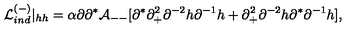
{ \cal L } _ { i n d } ^ { ( - ) } \vert _ { h h } = \alpha \partial \partial ^ { * } { \cal A } _ { -- } [ \partial ^ { * } \partial _ { + } ^ { 2 } \partial ^ { - 2 } h \partial ^ { - 1 } h + \partial _ { + } ^ { 2 } \partial ^ { - 2 } h \partial ^ { * } \partial ^ { - 1 } h ] ,